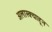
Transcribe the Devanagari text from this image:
अलास्क्याहून